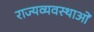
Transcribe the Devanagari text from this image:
राज्यव्यवस्थाओं